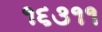
૧૬૩૧૧